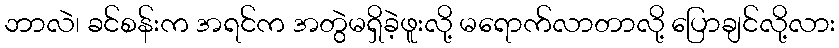
ဘာလဲ၊ ခင်စန်းက အရင်က အတွဲမရှိခဲ့ဖူးလို့ မရောက်လာတာလို့ ပြောချင်လို့လား